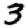
Digit: 3